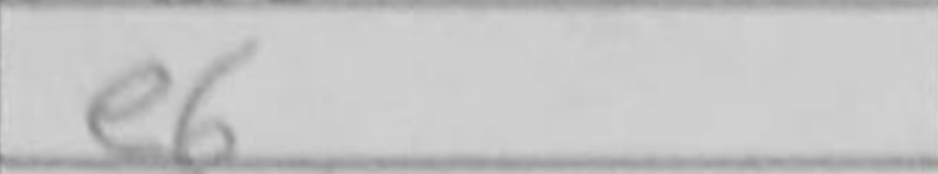
Transcription: e6